Civil Veterinary Dept. Bombay admin report 1907-1913 - 1907-1913
Year: 1907
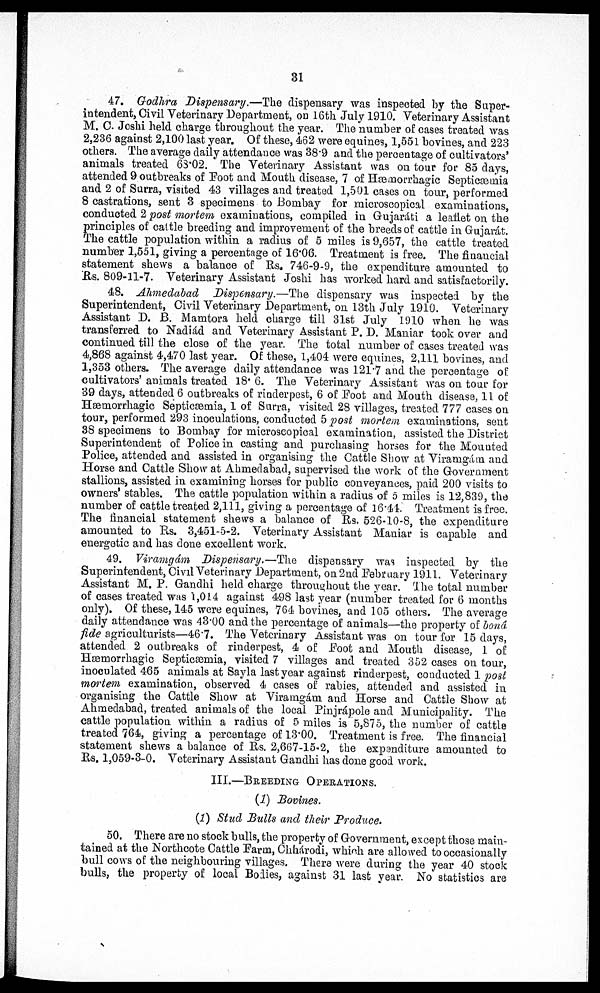
31
47. Godhra Dispensary.—The dispensary was inspected by the Super
intendent, Civil Veterinary Department, on 16th July 1910. Veterinary Assistant
M. C. Joshi held charge throughout the year. The number of cases treated was
2,236 against 2,100 last year. Of these, 462 were equines, 1,551 boviues, and 223
others. The average daily attendance was 38∙9 and the percentage of cultivators'
animals treated 63∙02. The Veterinary Assistant was on tour for 85 days,
attended 9 outbreaks of Foot and Mouth disease, 7 of Hæmorrhagic Septicæmia
and 2 of Surra, visited 43 villages and treated 1,501 cases on tour, performed
8 castrations, sent 3 specimens to Bombay for microscopical examinations,
conducted 2 post mortem examinations, compiled in Gujaráti a leaflet on the
principles of cattle breeding and improvement of the breeds of cattle in Gujarat.
The cattle population within a radius of 5 miles is 9,657, the cattle treated
number 1,551, giving a percentage of 16∙06. Treatment is free. The fiuaneiai
statement shews a balance of Rs. 746-9-9, the expenditure amounted to
Rs. 809-11-7. Veterinary Assistant Joshi has worked hard and satisfactorily.
48. Ahmedabad Dispensary.—The dispensary was inspected by the
Superintendent, Civil Veterinary Department, on 13th July 1910. Veterinary
Assistant D. B. Mamtora held charge till 31st July 1910 when he was
transferred to Nadiád and Veterinary Assistant P. D. Maniar took over and
continued till the close of the year. The total number of cases treated was
4,868 against 4,470 last year. Of these, 1,404 were equines, 2,111 bovines, and
1,353 others. The average daily attendance was 121∙7 and the percentage of
cultivators' animals treated 18∙ 6. The Veterinary Assistant was on tour for
39 days, attended 6 outbreaks of rinderpest, 6 of Foot and Mouth disease, 11 of
Hæmorrhagic Septicæmia, 1 of Surra, visited 28 villages, treated 777 cases on
tour, performed 293 inoculations, conducted 5 post mortem examinations, sent
38 specimens to Bombay for microscopical examination, assisted the District
Superintendent of Police in casting and purchasing horses for the Mouuted
Police, attended and assisted in organising the Cattle Show at Viramgám and
Horse and Cattle Show at Ahmedabad, supervised the work of the Government
stallions, assisted in examining horses for public conveyances, paid 200 visits to
owners' stables. The cattle population within a radius of 5 miles is 12,839, the
number of cattle treated 2,111, giving a percentage of 16∙41. Treatment is free.
The financial statement shews a balance of Rs. 526.10-8, the expenditure
amounted to Rs. 3,451-5-2. Veterinary Assistant Maniar is capable and
energetic and has done excellent work.
49. Viramgám Dispensary.—The dispensary was inspected by the
Superintendent, Civil Veterinary Department, on 2nd February 1911. Veterinary
Assistant M. P. Gandhi held charge throughout the year. The total number
of cases treated was 1,014 against 498 last year (number treated for 6 months
only). Of these, 145 were equines, 764 bovines, and 105 others. The average
daily attendance was 43∙00 and the percentage of animals—the property of bond
fide agriculturists—46.7. The Veterinary Assistant was on tour for 15 days,
attended 2 outbreaks of rinderpest, 4 of Foot and Mouth disease, 1 of
Hæmorrhagic Septicæmia, visited 7 villages and treated 352 cases on tour,
inoculated 465 animals at Sayla last year against rinderpest, conducted 1 post
mortem examination, observed 4 cases of rabies, attended and assisted in
organising the Cattle Show at Viramgám and Horse and Cattle Show at
Ahmedabad, treated animals of the local Pinjrápole and Municipality. The
cattle population within a radius of 5 miles is 5,875, the number of cattle
treated 764, giving a percentage of 13∙00. Treatment is free. The financial
statement shews a balance of Rs. 2,667-15-2, the expenditure amounted to
Rs. 1,059-3-0. Veterinary Assistant Gandhi has done good work.
III.—BREEDING OPERATIONS.
(1) Bovines.
(1) Stud Bulls and their Produce.
50, There are no stock bulls, the property of Government, except those main
tained at the Northoote Cattle Farm, Ohhárodi, which are allowed to occasionally
hull cows of the neighbouring villages. There were during the year 40 stock
bulls, the property of local Bodies, against 31 last year. No statistics are